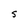
Character: S